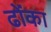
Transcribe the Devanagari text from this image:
ढोंका